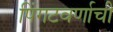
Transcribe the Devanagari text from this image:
पिंगटवर्णाची